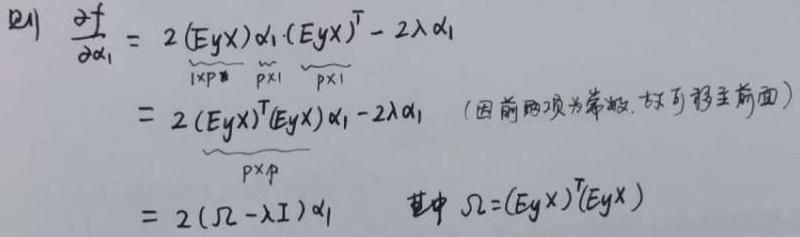
\[
\begin{align*}
\frac{\partial f}{\partial \alpha_1}&=2\underbrace{(EyX)}_{1\times p}\underbrace{\alpha_1}_{p\times 1}\underbrace{(EyX)^T}_{p\times 1}-2\lambda\alpha_1\\
&=2\underbrace{(EyX)^T(EyX)}_{p\times p}\alpha_1 - 2\lambda\alpha_1\quad(\text{因前两项为常数, 故可移至前面})\\
&=2(\Omega-\lambda I)\alpha_1\quad\text{其中 }\Omega=(EyX)^T(EyX)
\end{align*}
\]